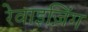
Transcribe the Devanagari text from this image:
रेवाइज़िंग